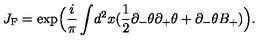
J _ { \mathrm { { F } } } = \exp \Bigl ( \frac { i } { \pi } \int \! d ^ { 2 } x ( \frac { 1 } { 2 } \partial _ { - } \theta \partial _ { + } \theta + \partial _ { - } \theta B _ { + } ) \Bigr ) .